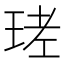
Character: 𤥧